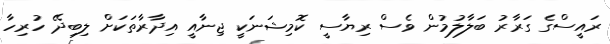
ރައީސްގެ ގަރާރު ބަލާލުމުން ވެސް ރިޔާސީ ކޮމިޝަނަކީ ޖިނާއީ އިދާރާތަކަށް ލިބިދޭ ހުރިހާ